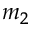
m _ { 2 }